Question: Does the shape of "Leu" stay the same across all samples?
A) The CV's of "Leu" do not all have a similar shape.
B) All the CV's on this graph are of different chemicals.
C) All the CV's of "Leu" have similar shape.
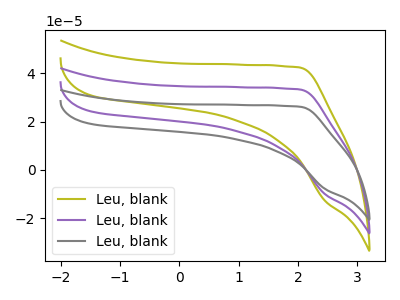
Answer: <think>The olive curve "Leu, blank1" has no peaks. The purple curve "Leu, blank2" has no peaks. The gray curve "Leu, blank3" has no peaks.
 Neither "Leu, blank1" or "Leu, blank2" have any peaks. Neither "Leu, blank1" or "Leu, blank3" have any peaks. Neither "Leu, blank2" or "Leu, blank3" have any peaks.</think>
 <answer>C) All the CV's of "Leu" have similar shape.</answer>
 <eval>C</eval>